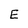
Character: E